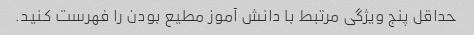
حداقل پنج ویژگی مرتبط با دانش آموز مطیع بودن را فهرست کنید.